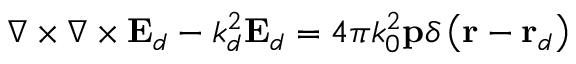
\nabla \times \nabla \times \mathbf { E } _ { d } - k _ { d } ^ { 2 } \mathbf { E } _ { d } = 4 \pi k _ { 0 } ^ { 2 } \mathbf { p } \delta \left( \mathbf { r } - \mathbf { r } _ { d } \right)